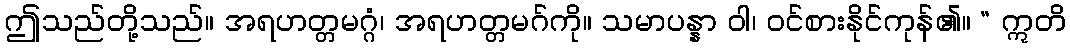
ဤသည်တို့သည်။ အရဟတ္တမဂ္ဂံ၊ အရဟတ္တမဂ်ကို။ သမာပန္နာ ဝါ၊ ဝင်စားနိုင်ကုန်၏။ “ ဣတိ